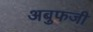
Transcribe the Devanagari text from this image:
अबुफजी